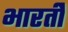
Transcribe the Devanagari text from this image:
भारतीे